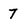
Character: 7